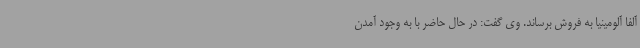
آلفا آلومینیا به فروش برساند. وی گفت: در حال حاضر با به وجود آمدن